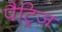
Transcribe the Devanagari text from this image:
पैट्रिज